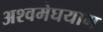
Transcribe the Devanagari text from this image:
अश्वमेघयाग